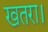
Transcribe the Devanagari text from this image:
खतरा।